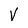
Character: V